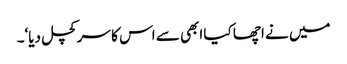
میں نے اچھا کیا ابھی سے اس کا سر کچل دیا‘۔